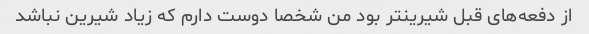
از دفعه‌های قبل شیرینتر بود من شخصا دوست دارم که زیاد شیرین نباشد